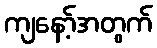
ကျနော့်အတွက်